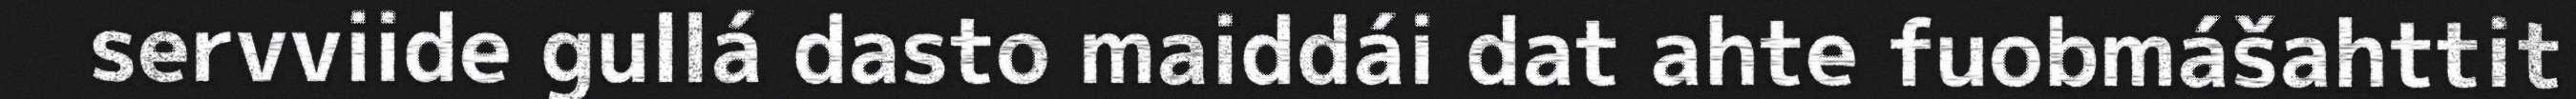
servviide gullá dasto maiddái dat ahte fuobmášahttit